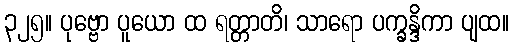
၃၂၅။ ပုဗ္ဗော ပူယော ထ ရတ္တာတိ၊ သာရော ပက္ခန္ဒိကာ ပျထ။